Vaccine operations Central Provinces & Berar 1912-1920 - 1912-1920
Year: 1912
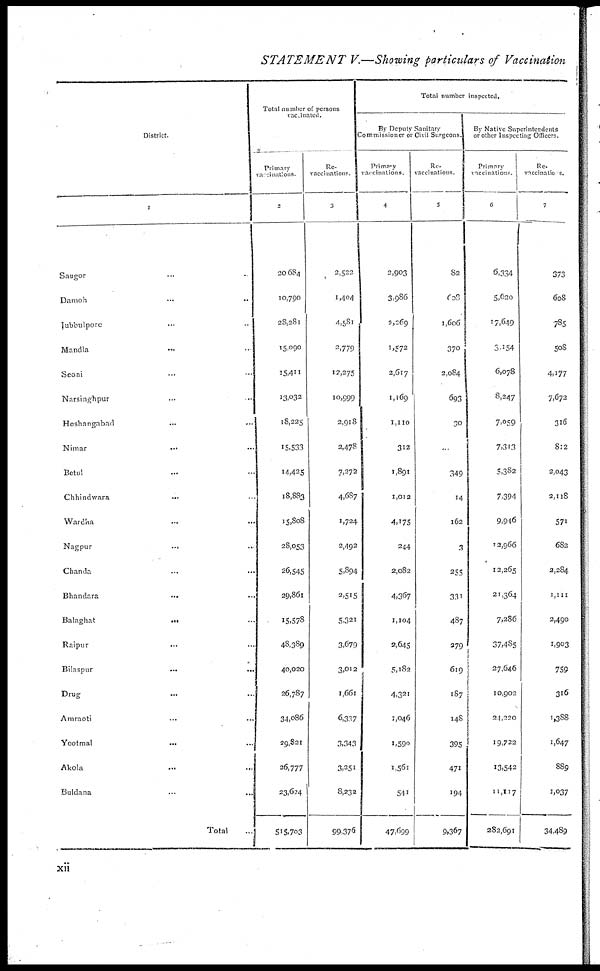
STATEMENT
V.—Showing particulars of Vaccination
District.
1
Saugor ... ...
Damoh ... ...
Jubbulpore ... ...
Mandla ... ...
Seoni ... ...
Narsinghpur ... ...
Hoshangabad ... ...
Nimar ... ...
Betul ... ...
Chhindwara
...
...
Wardha ... ...
Nagpur
...
...
Chanda ... ...
Bhandara ... ...
Balaghat
...
...
Raipur ... ...
Bilaspur
...
...
Drug ... ...
Amraoti ... ...
Yeotmal ... ...
Akola ... ...
Buldana
...
...
Total ...
Total number of persons
vaccinated.
Primary
vaccinations.
2
20,684
10,790
28,281
15,090
15,411
13,032
18,225
15,533
14,425
18,883
15,808
28,053
26,545
29,861
15,578
48,389
40,020
26,787
34,086
29,821
26,777
23,624
515,703
Re-
vaccinations.
3
2,522
1,404
4,581
2,779
12,275
10,999
2,918
2,478
7,272
4,687
1,724
2,492
5,894
2,515
5,321
3,679
3,012
1,661
6,337
3,343
3,251
8,232
99,376
Total number inspected.
By Deputy Sanitary
Commissioner or Civil Surgeons.
Primary
vaccinations.
4
2,903
3,986
2,269
1,572
2,617
1,169
1,110
312
1,891
1,012
4,175
244
2,082
4,367
1,104
2,645
5,182
4,321
1,046
1,590
1,561
541
47,699
Re-
vaccinations.
5
82
603
1,606
370
2,084
693
30
...
349
14
162
3
255
331
487
279
619
187
148
395
471
194
9,367
By Native Superintendents
or other Inspecting Officers.
Primary
vaccinations.
6
6,334
5,620
17,649
3,154
6,078
8,247
7,059
7,313
5,382
7,394
9,946
12,966
12,265
21,364
7,286
37,485
27,646
10,902
24,220
19,722
13,542
11,117
282,691
Re-
vaccinations.
7
373
608
785
505
4,177
7,672
316
812
2,043
2,118
571
682
2,284
1,111
2,490
1,903
759
316
1,388
1,647
889
1,037
34,489
xii